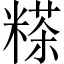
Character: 𥻹